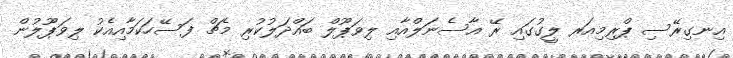
އިނގިރޭސި ޕްރިމިއަރ ލީގުގައި ރޭ އާސެނަލްއާއި ލިވަޕޫލް ބައްދަލުކުރި މެޗް ފަސޭހަކަމާއިއެކު ލިވަޕޫލުން